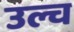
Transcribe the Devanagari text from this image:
उल्च